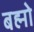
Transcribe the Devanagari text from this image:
बह्मो